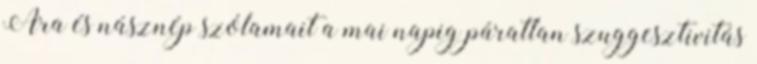
Ara és násznép szólamait a mai napig páratlan szuggesztivitás